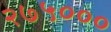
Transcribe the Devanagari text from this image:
२७५०००